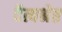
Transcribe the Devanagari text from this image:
दैत्यश्रेष्ठ